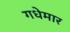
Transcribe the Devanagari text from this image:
गधेमार